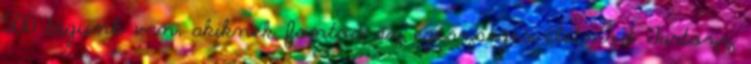
500 tagunk van, akiknek fontos az egészséges életmód Tartozz